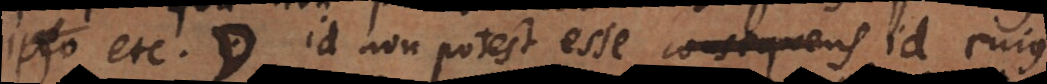
ipsum etc. *, id non potest esse consequens id cujus